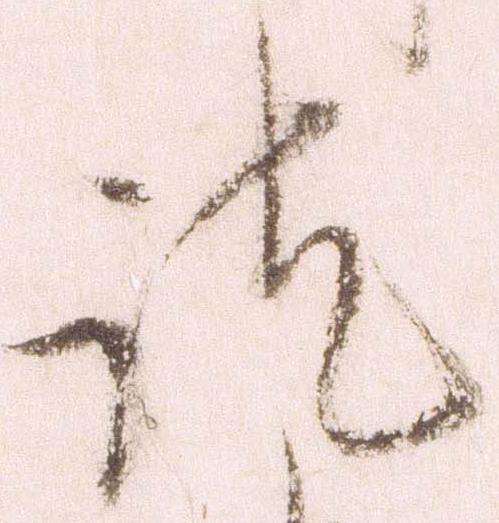
訖